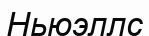
Ньюэллс